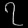
Digit: ၇